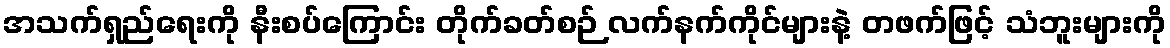
အသက်ရှည်ရေးကို နီးစပ်ကြောင်း တိုက်ခတ်စဉ် လက်နက်ကိုင်များနဲ့ တဖက်ဖြင့် သံဘူးများကို